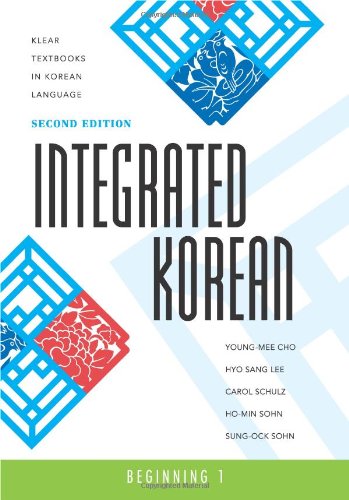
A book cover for Integrated Korean: Beginning 1, 2nd Edition (Klear Textbooks in Korean Language); Young-Mee Cho; Reference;